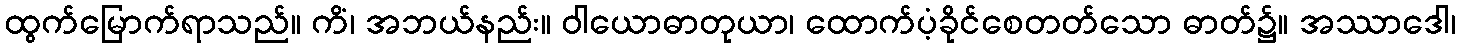
ထွက်မြောက်ရာသည်။ ကိံ၊ အဘယ်နည်း။ ဝါယောဓာတုယာ၊ ထောက်ပံ့ခိုင်စေတတ်သော ဓာတ်၌။ အဿာဒေါ၊